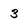
Character: 3